Indian journal of veterinary science and animal husbandry - Volumes 18-21, 1948-1951
Year: 1948
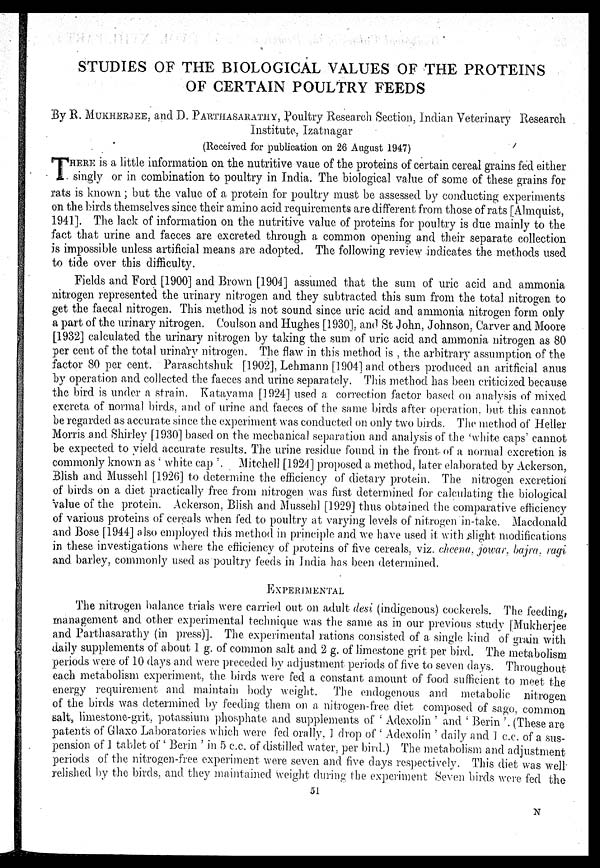
STUDIES OF THE BIOLOGICAL VALUES OF THE PROTEINS
OF CERTAIN POULTRY FEEDS
By R. MUKHERJEE, and D. PARTHASARATHY, Poultry Research Section, Indian Veterinary Research
Institute, Izatnagar
(Received for publication on 26 August 1947)
T HERE is a little information on the nutritive vaue of the proteins of certain cereal grains fed either
singly or in combination to poultry in India. The biological value of some of these grains for
rats is known ; but the value of a protein for poultry must be assessed by conducting experiments
on the birds themselves since their amino acid requirements are different from those of rats [Almquist,
1941]. The lack of information on the nutritive value of proteins for poultry is due mainly to the
fact that urine and faeces are excreted through a common opening and their separate collection
is impossible unless artificial means are adopted. The following review indicates the methods used
to tide over this difficulty.
Fields and Ford [1900] and Brown [1904] assumed that the sum of uric acid and ammonia
nitrogen represented the urinary nitrogen and they subtracted this sum from the total nitrogen to
get the faecal nitrogen. This method is not sound since uric acid and ammonia nitrogen form only
a part of the urinary nitrogen. Coulson and Hughes [1930]. and St John, Johnson, Carver and Moore
[1932] calculated the urinary nitrogen by taking the sum of uric acid and ammonia nitrogen as 80
per cent of the total urinary nitrogen. The flaw in this method is , the arbitrary assumption of the
factor 80 per cent. Paraschtshuk [1902], Lehmann [1904] and others produced an aritficial anus
by operation and collected the faeces and urine separately. This method has been criticized because
the bird is under a strain. Katayama [1924] used a correction factor based on analysis of mixed
excreta of normal birds and of urine and faeces of the same birds after operation but this cannot
be regarded as accurate since the experiment was conducted on only two birds. The method of* Heller
Morris and Shirley [1930] based on the mechanical separation and analysis of the 'white caps' cannot
be expected to yield accurate results. The urine residue found in the front of a normal excretion is
commonly known as ' white cap '. Mitchell [1924] proposed a method, later elaborated by Ackerson,
Blish and Mussehl [1926] to determine the efficiency of dietary protein. The nitrogen excretion
of birds on a diet practically free from nitrogen was first determined for calculating the biological
value of the protein. Ackerson, Blish and Mussehl [1929] thus obtained the comparative efficiency
of various proteins of cereals when fed to poultry at varying levels of nitrogen in-take. Macdonald
and Bose [1944] also employed this method in principle and we have used it with slight modifications
in these investigations where the efficiency of proteins of five cereals, viz. cheena, jowar, bajra, ragi
and barley, commonly used as poultry feeds in India has been determined.
EXPERIMENTAL
The nitrogen balance trials were carried out on adult desi (indigenous) cockerels. The feeding,
management and other experimental technique was the same as in our previous study [Mukherjee
and Parthasarathy (in press)]. The experimental rations consisted of a single kind of grain with
daily supplements of about 1 g. of common salt and 2 g. of limestone grit per bird. The metabolism
periods were of 10 days and were preceded by adjustment periods of five to seven days. Throughout
each metabolism experiment, the birds were fed a constant amount of food sufficient to meet the
energy requirement and maintain body weight. The endogenous and metabolic nitrogen
of the birds was determined by feeding them on a nitrogen-free diet composed of sago, common
salt, limestone-grit, potassium phosphate and supplements of 'Adexolin ' and ' Berin'. (These are
patents of Glaxo Laboratories which were fed orally. ] drop of ' Adexolin ' daily and J c.c. of a sus-
pension of 1 tablet of ' Berin ' in 5 c.c. of distilled water, per bird.) The metabolism and adjustment
periods of the nitrogen-free experiment were seven and five days respectively. This diet was well
relished by the birds, and they maintained weight during the experiment Seven birds were fed the
51
N